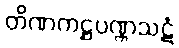
တိဏကဋ္ဌပဏ္ဏသဋံ